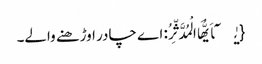
{یٰۤاَیُّهَا الْمُدَّثِّرُ: اے چادر اوڑھنے والے۔